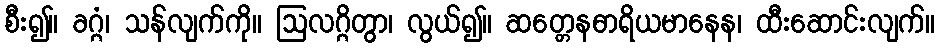
စီး၍။ ခဂ္ဂံ၊ သန်လျက်ကို။ ဩလဂ္ဂိတွာ၊ လွယ်၍။ ဆတ္တေနဓာရိယမာနေန၊ ထီးဆောင်းလျက်။